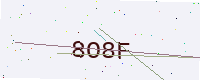
Text: 8O8F